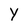
Character: Y